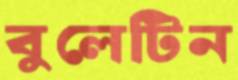
বুলেটিন